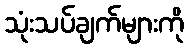
သုံးသပ်ချက်များကို